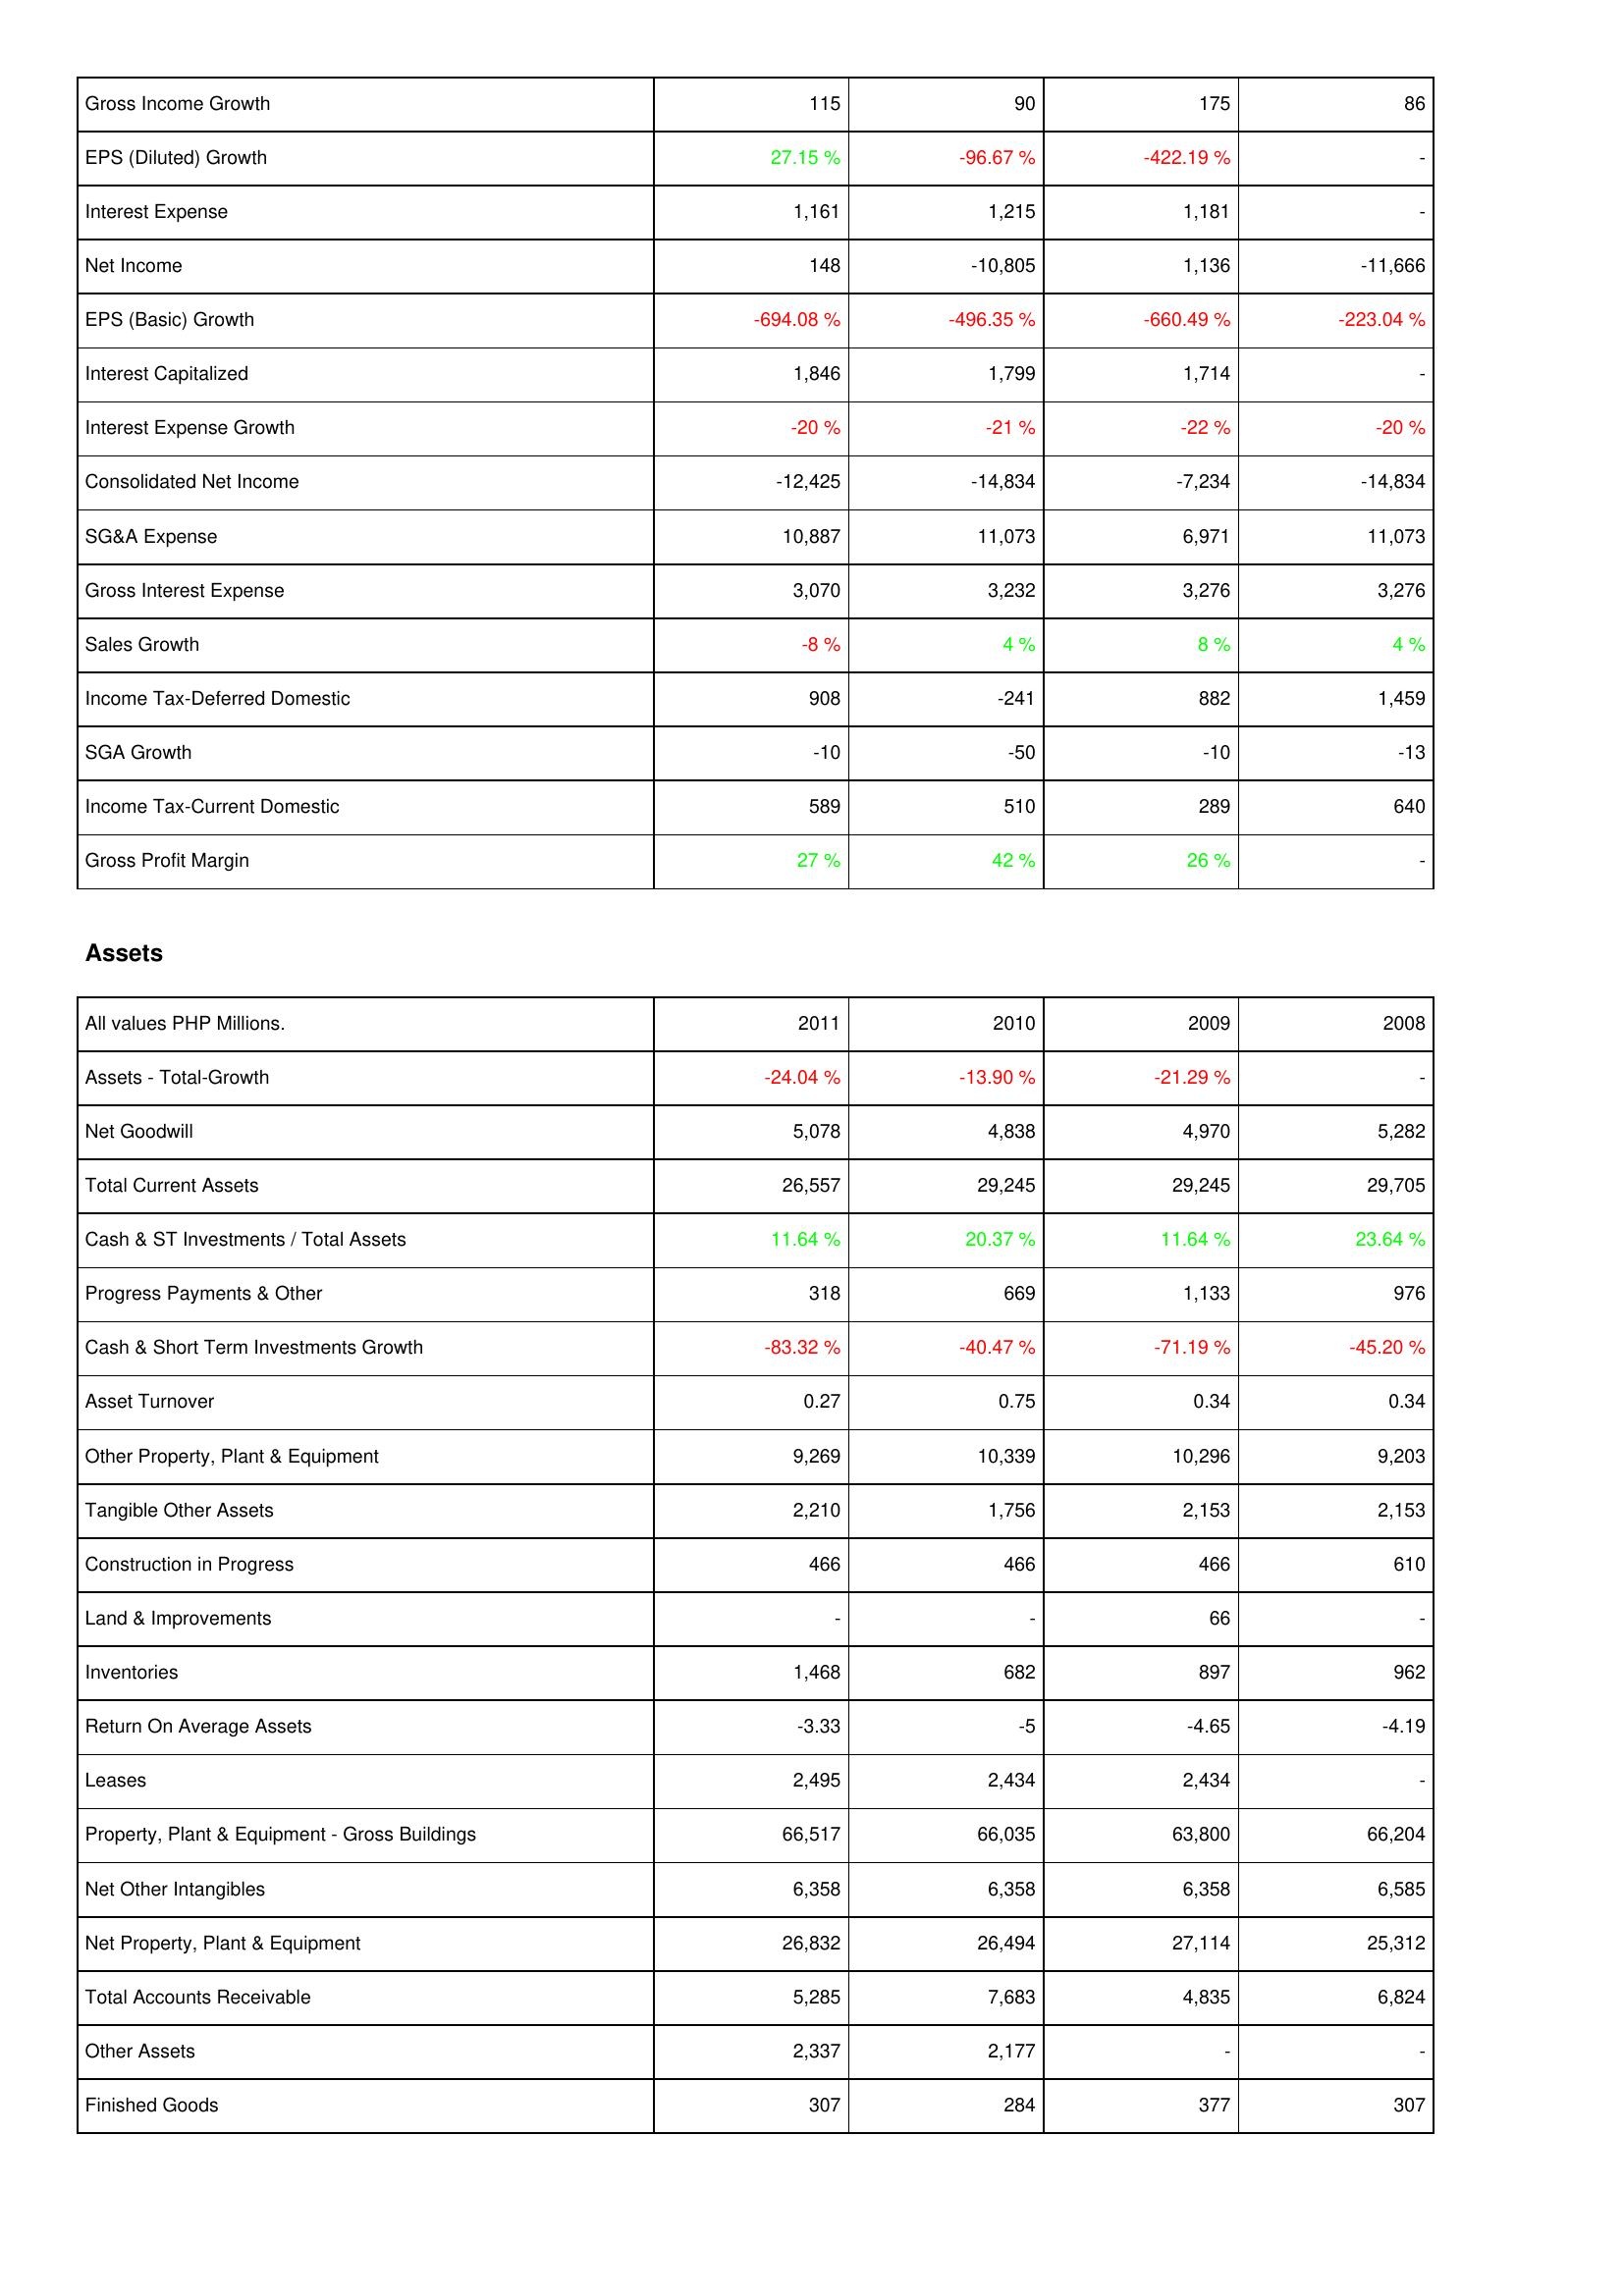
2011: Income Statement: Gross Income Growth: 115
EPS (Diluted) Growth: 27.15 %
Interest Expense: 1,161
Net Income: 148
EPS (Basic) Growth: -694.08 %
Interest Capitalized: 1,846
Interest Expense Growth: -20 %
Consolidated Net Income: -12,425
SG&A Expense: 10,887
Gross Interest Expense: 3,070
Sales Growth: -8 %
Income Tax-Deferred Domestic: 908
SGA Growth: -10
Income Tax-Current Domestic: 589
Gross Profit Margin: 27 %
Assets: Assets - Total-Growth: -24.04 %
Net Goodwill: 5,078
Total Current Assets: 26,557
Cash & ST Investments / Total Assets: 11.64 %
Progress Payments & Other: 318
Cash & Short Term Investments Growth: -83.32 %
Asset Turnover: 0.27
Other Property, Plant & Equipment: 9,269
Tangible Other Assets: 2,210
Construction in Progress: 466
Land & Improvements: -
Inventories: 1,468
Return On Average Assets: -3.33
Leases: 2,495
Property, Plant & Equipment - Gross Buildings: 66,517
Net Other Intangibles: 6,358
Net Property, Plant & Equipment: 26,832
Total Accounts Receivable: 5,285
Other Assets: 2,337
Finished Goods: 307
2010: Income Statement: Gross Income Growth: 90
EPS (Diluted) Growth: -96.67 %
Interest Expense: 1,215
Net Income: -10,805
EPS (Basic) Growth: -496.35 %
Interest Capitalized: 1,799
Interest Expense Growth: -21 %
Consolidated Net Income: -14,834
SG&A Expense: 11,073
Gross Interest Expense: 3,232
Sales Growth: 4 %
Income Tax-Deferred Domestic: -241
SGA Growth: -50
Income Tax-Current Domestic: 510
Gross Profit Margin: 42 %
Assets: Assets - Total-Growth: -13.90 %
Net Goodwill: 4,838
Total Current Assets: 29,245
Cash & ST Investments / Total Assets: 20.37 %
Progress Payments & Other: 669
Cash & Short Term Investments Growth: -40.47 %
Asset Turnover: 0.75
Other Property, Plant & Equipment: 10,339
Tangible Other Assets: 1,756
Construction in Progress: 466
Land & Improvements: -
Inventories: 682
Return On Average Assets: -5
Leases: 2,434
Property, Plant & Equipment - Gross Buildings: 66,035
Net Other Intangibles: 6,358
Net Property, Plant & Equipment: 26,494
Total Accounts Receivable: 7,683
Other Assets: 2,177
Finished Goods: 284
2009: Income Statement: Gross Income Growth: 175
EPS (Diluted) Growth: -422.19 %
Interest Expense: 1,181
Net Income: 1,136
EPS (Basic) Growth: -660.49 %
Interest Capitalized: 1,714
Interest Expense Growth: -22 %
Consolidated Net Income: -7,234
SG&A Expense: 6,971
Gross Interest Expense: 3,276
Sales Growth: 8 %
Income Tax-Deferred Domestic: 882
SGA Growth: -10
Income Tax-Current Domestic: 289
Gross Profit Margin: 26 %
Assets: Assets - Total-Growth: -21.29 %
Net Goodwill: 4,970
Total Current Assets: 29,245
Cash & ST Investments / Total Assets: 11.64 %
Progress Payments & Other: 1,133
Cash & Short Term Investments Growth: -71.19 %
Asset Turnover: 0.34
Other Property, Plant & Equipment: 10,296
Tangible Other Assets: 2,153
Construction in Progress: 466
Land & Improvements: 66
Inventories: 897
Return On Average Assets: -4.65
Leases: 2,434
Property, Plant & Equipment - Gross Buildings: 63,800
Net Other Intangibles: 6,358
Net Property, Plant & Equipment: 27,114
Total Accounts Receivable: 4,835
Other Assets: -
Finished Goods: 377
2008: Income Statement: Gross Income Growth: 86
EPS (Diluted) Growth: -
Interest Expense: -
Net Income: -11,666
EPS (Basic) Growth: -223.04 %
Interest Capitalized: -
Interest Expense Growth: -20 %
Consolidated Net Income: -14,834
SG&A Expense: 11,073
Gross Interest Expense: 3,276
Sales Growth: 4 %
Income Tax-Deferred Domestic: 1,459
SGA Growth: -13
Income Tax-Current Domestic: 640
Gross Profit Margin: -
Assets: Assets - Total-Growth: -
Net Goodwill: 5,282
Total Current Assets: 29,705
Cash & ST Investments / Total Assets: 23.64 %
Progress Payments & Other: 976
Cash & Short Term Investments Growth: -45.20 %
Asset Turnover: 0.34
Other Property, Plant & Equipment: 9,203
Tangible Other Assets: 2,153
Construction in Progress: 610
Land & Improvements: -
Inventories: 962
Return On Average Assets: -4.19
Leases: -
Property, Plant & Equipment - Gross Buildings: 66,204
Net Other Intangibles: 6,585
Net Property, Plant & Equipment: 25,312
Total Accounts Receivable: 6,824
Other Assets: -
Finished Goods: 307